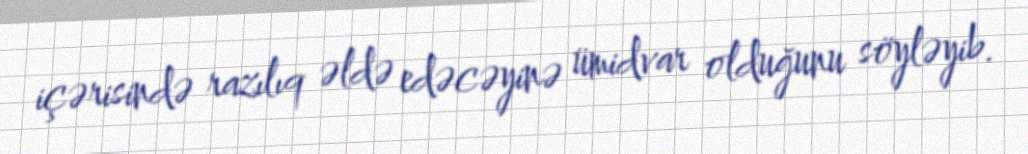
içərisində razılıq əldə edəcəyinə ümidvar olduğunu söyləyib.